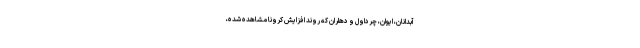
آبدانان، ایوان، چرداول و دهلران که روند افزایش کرونا مشاهده شده،